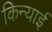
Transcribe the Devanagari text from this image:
किन्याई